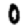
Digit: 0